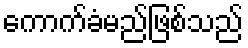
ကောက်ခံမည်ဖြစ်သည်